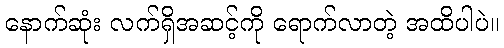
နောက်ဆုံး လက်ရှိအဆင့်ကို ရောက်လာတဲ့ အထိပါပဲ။